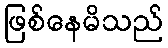
ဖြစ်နေမိသည်